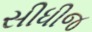
સીધીજ